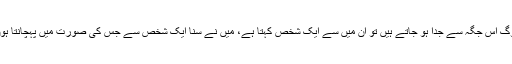
جب لوگ اس جگہ سے جدا ہو جاتے ہیں تو ان میں سے ایک شخص کہتا ہے، میں نے سنا ایک شخص سے جس کی صورت میں پہچانتا ہوں لکن۔